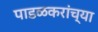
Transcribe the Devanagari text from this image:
पाडळकरांच्या